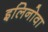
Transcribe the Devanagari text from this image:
इलिनोवा